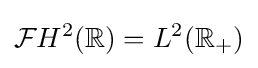
{\mathcal {F}}H^{2}(\mathbb {R} )=L^{2}(\mathbb {R_{+}} )